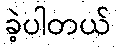
ခဲ့ပါတယ်